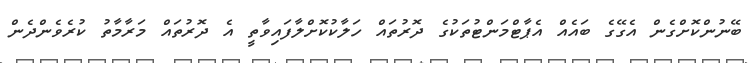
ބޭނުންކޮށްގެން އެގޭގެ ބައެއް އެޕާޓްމަންޓުތަކުގެ ދޮރުތައް ހަލާކުކޮށްލާފައިވާތީ އެ ދޮރުތައް މަރާމާތު ކުރެވެންދެން